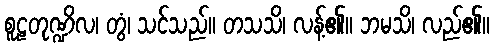
စူဠတုဏ္ဍိလ၊ တွံ၊ သင်သည်။ တသသိ၊ လန့်၏။ ဘမသိ၊ လည်၏။